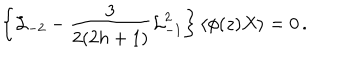
\left\{ { \cal L } _ { - 2 } - \frac { 3 } { 2 ( 2 h + 1 ) } { \cal L } _ { - 1 } ^ { 2 } \right\} \langle \phi ( z ) X \rangle = 0 \, .